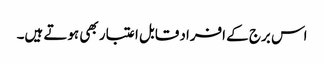
اس برج کے افراد قابل اعتبار بھی ہوتے ہیں۔